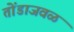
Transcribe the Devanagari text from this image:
तोंडाजवळ